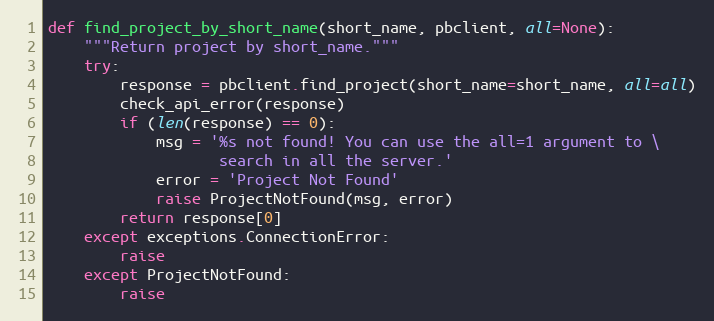
Language: Python
def find_project_by_short_name(short_name, pbclient, all=None):
    """Return project by short_name."""
    try:
        response = pbclient.find_project(short_name=short_name, all=all)
        check_api_error(response)
        if (len(response) == 0):
            msg = '%s not found! You can use the all=1 argument to \
                   search in all the server.'
            error = 'Project Not Found'
            raise ProjectNotFound(msg, error)
        return response[0]
    except exceptions.ConnectionError:
        raise
    except ProjectNotFound:
        raise